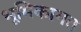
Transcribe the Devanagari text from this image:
भूमिकागत